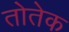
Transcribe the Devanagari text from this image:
तोतेक